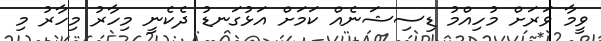
ވީމާ ވަރަށް މުހިއްމު ޑިސިޝަނެއް ކަމަށް އަޅުގަނޑު ދެކެނީ މިހާރު މިހާރު މި